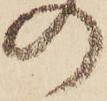
の